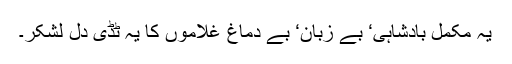
یہ مکمل بادشاہی‘ بے زبان‘ بے دماغ غلاموں کا یہ ٹڈی دل لشکر۔